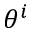
\theta ^ { i }